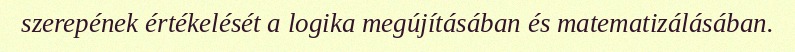
szerepének értékelését a logika megújításában és matematizálásában.